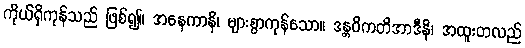
ကိုယ်ရှိကုန်သည် ဖြစ်၍။ အနေကာနိ၊ များစွာကုန်သော။ ဒန္တဝိကတိအာဒီနိ၊ အထူးတလည်